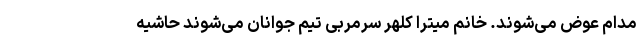
مدام عوض می‌شوند. خانم میترا کلهر سرمربی تیم جوانان می‌شوند حاشیه